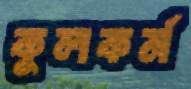
কুলকর্ম